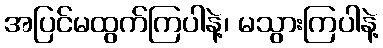
အပြင်မထွက်ကြပါနဲ့၊ မသွားကြပါနဲ့